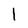
Character: I